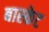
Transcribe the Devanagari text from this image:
बास्‍केट